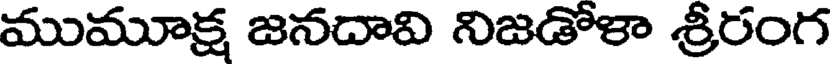
ముమూక్ష జనదావి నిజడోళా శ్రీరంగ